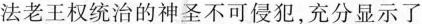
法老王权统治的神圣不可侵犯，充分显示了